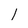
Character: l